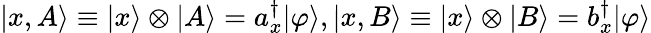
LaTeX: |x,A\rangle\equiv|x\rangle\otimes|A\rangle=a_{x}^{\dagger}|\varphi\rangle,|x,B\rangle\equiv|x\rangle\otimes|B\rangle=b_{x}^{\dagger}|\varphi\rangle